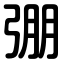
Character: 弸